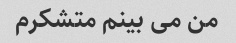
من می بینم متشکرم